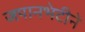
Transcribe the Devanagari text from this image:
जपानभेटीने